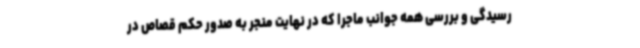
رسیدگی و بررسی همه جوانب ماجرا که در نهایت منجر به صدور حکم قصاص در